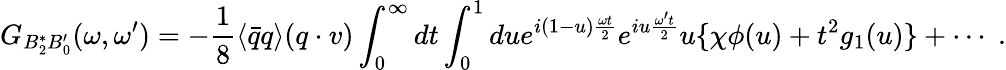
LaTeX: G_{B_{2}^{*}B_{0}^{\prime}}(\omega,\omega^{\prime})=-{\frac{1}{8}}\langle{\bar{q}}q\rangle(q\cdot v)\int_{0}^{\infty}dt\int_{0}^{1}due^{i(1-u){\frac{\omega t}{2}}}e^{iu{\frac{\omega^{\prime}t}{2}}}u\{ \chi\phi(u)+t^{2}g_{1}(u)\} +\cdots\; .